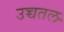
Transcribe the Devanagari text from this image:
उच्चतल